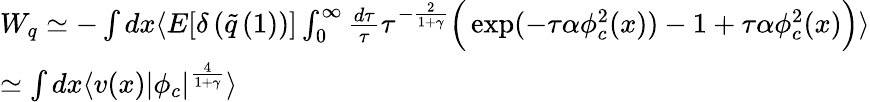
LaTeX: \begin{array}{l}{{W_{q}\simeq-\int dx\langle E[\delta\left(\tilde{q}\left(1\right)\right)]\int_{0}^{\infty}\frac{d\tau}{\tau}\tau^{-\frac{2}{1+\gamma}}\Big(\exp(-\tau\alpha\phi_{c}^{2}(x))-1+\tau\alpha\phi_{c}^{2}(x)\Big)\rangle}}\\ {{\simeq\int dx\langle v(x)\vert\phi_{c}\vert^{\frac{4}{1+\gamma}}\rangle}}\end{array}